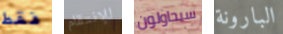
فقط للإنتقام سيحاولون البارونة